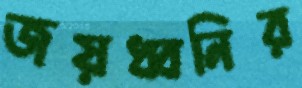
জয়ধ্বনির